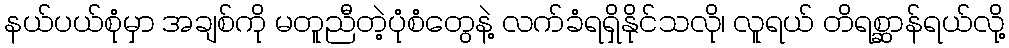
နယ်ပယ်စုံမှာ အချစ်ကို မတူညီတဲ့ပုံစံတွေနဲ့ လက်ခံရရှိနိုင်သလို၊ လူရယ် တိရစ္ဆာန်ရယ်လို့